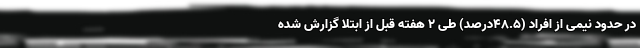
در حدود نیمی از افراد (۴۸.۵درصد) طی ۲ هفته قبل از ابتلا گزارش شده